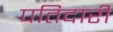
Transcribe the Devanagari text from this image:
पतिदारी